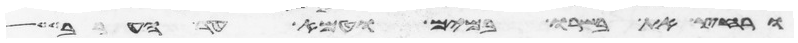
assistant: ורחץ את בשרו במים וטמא עד הערב